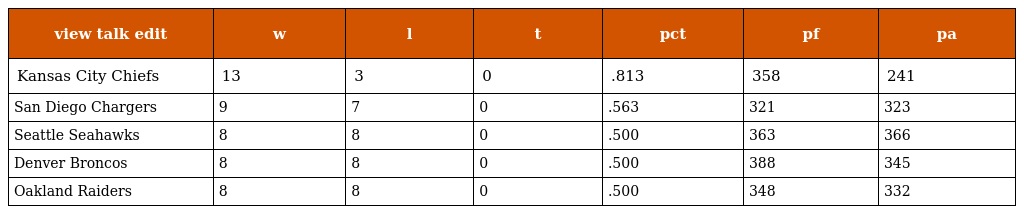
| view talk edit | w | l | t | pct | pf | pa |
 | --- | --- | --- | --- | --- | --- | --- |
 | Kansas City Chiefs | 13 | 3 | 0 | .813 | 358 | 241 |
 | San Diego Chargers | 9 | 7 | 0 | .563 | 321 | 323 |
 | Seattle Seahawks | 8 | 8 | 0 | .500 | 363 | 366 |
 | Denver Broncos | 8 | 8 | 0 | .500 | 388 | 345 |
 | Oakland Raiders | 8 | 8 | 0 | .500 | 348 | 332 |